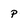
Character: p